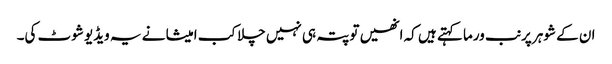
ان کے شوہر پرنب ورما کہتے ہیں کہ انھیں تو پتہ ہی نہیں چلا کب امیشا نے یہ ویڈیو شوٹ کی۔